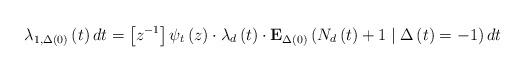
LaTeX: \begin{align*}\lambda _{1,\Delta \left( 0\right) }\left( t\right) dt=\left[ z^{-1}\right]\psi _{t}\left( z\right) \cdot \lambda _{d}\left( t\right) \cdot \mathbf{E}_{\Delta \left( 0\right) }\left( N_{d}\left( t\right) +1\mid \Delta \left(t\right) =-1\right) dt \end{align*}